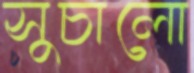
সুচালো